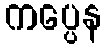
ကပ္ပေန